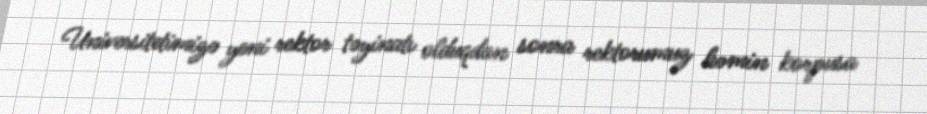
Universitetimizə yeni rektor təyinatı olduqdan sonra rektorumuz həmin korpusa